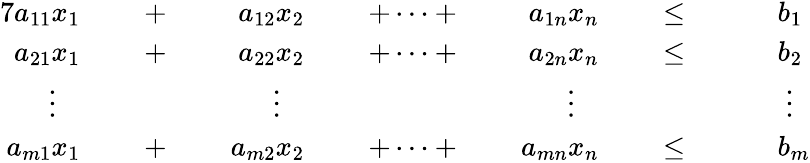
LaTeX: {\begin{array}{rlrlrlrlrlrlrl}{{7}a_{11}x_{1}}&{}&{\; +\; }&{}&{a_{12}x_{2}}&{}&{\; +\cdots+\; }&{}&{a_{1n}x_{n}}&{}&{\; \leq\; }&{}&&{b_{1}}\\ {a_{21}x_{1}}&{}&{\; +\; }&{}&{a_{22}x_{2}}&{}&{\; +\cdots+\; }&{}&{a_{2n}x_{n}}&{}&{\; \leq\; }&{}&&{b_{2}}\\ {\vdots\; \; \; }&{}&&{}&{\vdots\; \; \; }&{}&&{}&{\vdots\; \; \; }&{}&&{}&&{\; \vdots}\\ {a_{m1}x_{1}}&{}&{\; +\; }&{}&{a_{m2}x_{2}}&{}&{\; +\cdots+\; }&{}&{a_{mn}x_{n}}&{}&{\; \leq\; }&{}&&{b_{m}}\end{array}}